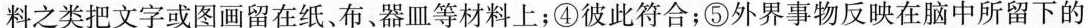
料之类把文字或图画留在纸、布、器皿等材料上；④彼此符合；⑤外界事物反映在脑中所留下的